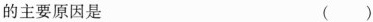
的主要原因是 ( )